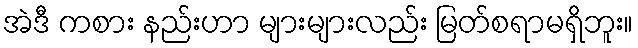
အဲဒီ ကစား နည်းဟာ များများလည်း မြတ်စရာမရှိဘူး။